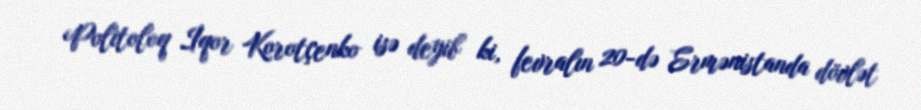
Politoloq İqor Korotçenko isə deyib ki, fevralın 20-də Ermənistanda dövlət